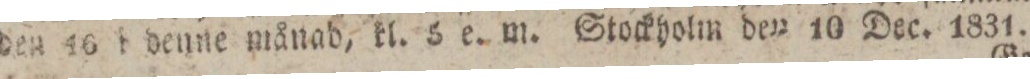
den 16 i denne månad, kl. 5 e. m. Stockholm den 10 Dec. 1831.